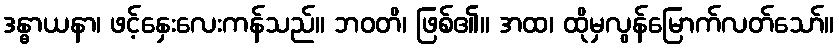
ဒန္ဓာယနာ၊ ဖင့်နှေးလေးကန်သည်။ ဘဝတိ၊ ဖြစ်၏။ အထ၊ ထိုမှလွန်မြောက်လတ်သော်။